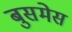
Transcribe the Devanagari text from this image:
बुसमेस